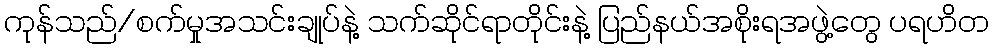
ကုန်သည်/စက်မှုအသင်းချုပ်နဲ့ သက်ဆိုင်ရာတိုင်းနဲ့ ပြည်နယ်အစိုးရအဖွဲ့တွေ ပရဟိတ